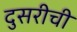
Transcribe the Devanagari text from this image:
दुसरीची